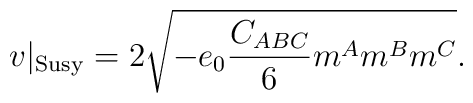
v|_{{\rm Susy}}=2\sqrt{-e_0{C_{ABC}\over 6}m^Am^Bm^C}.